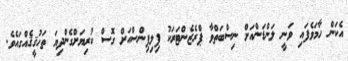
އެކަން ހާމަވެފައި ވަނީ ލަންޑަންއަށް ނިސްބަތްވާ ޕްރެޒެންޓަރަކު ފިލިޕިންސްއަށް ގޮސް ކުރިޔަށްގެންދިޔަ ތަހުޤީޤެއްގައެވެ.